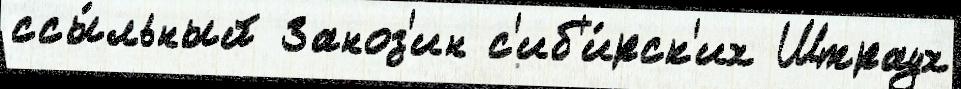
ссы́льный Заноз'ин с'иб'и́рск'их Штраух